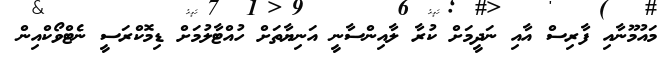
މައުމޫނާއި ފާރިސް އާއި ނަދީމަށް ކުރާ ލާއިންސާނީ އަނިޔާތަށް ހުއްޓާލުމަށް ޑިމޮކްރަސީ ނެޓްވޯކްއިން